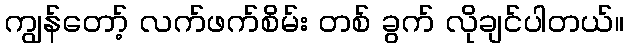
ကျွန်တော့် လက်ဖက်စိမ်း တစ် ခွက် လိုချင်ပါတယ်။